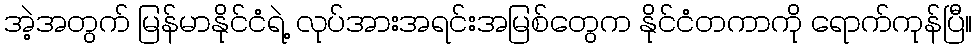
အဲ့အတွက် မြန်မာနိုင်ငံရဲ့ လုပ်အားအရင်းအမြစ်တွေက နိုင်ငံတကာကို ရောက်ကုန်ပြီ။